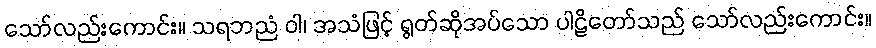
သော်လည်းကောင်း။ သရဘညံ ဝါ၊ အသံဖြင့် ရွတ်ဆိုအပ်သော ပါဠိတော်သည် သော်လည်းကောင်း။